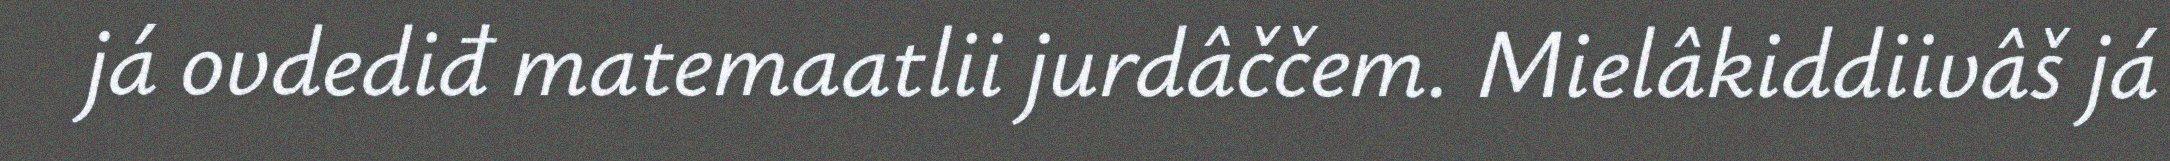
já ovdediđ matemaatlii jurdâččem. Mielâkiddiivâš já